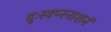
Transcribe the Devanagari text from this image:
दुःस्वप्ननाशनं